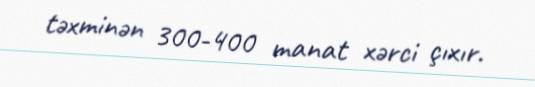
təxminən 300-400 manat xərci çıxır.